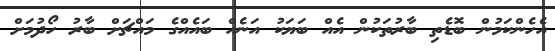
އެހެންކަމުން ބޮޑެތި ބާރުތަކުން އެއް ބަޔަކު އަނެއް ބައެއްގެ މައްޗަށް ބާރު ހޯދުމަށް